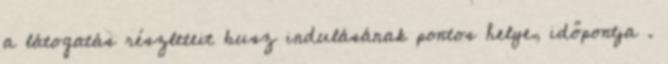
a látogatás részleteit busz indulásának pontos helye, időpontja .